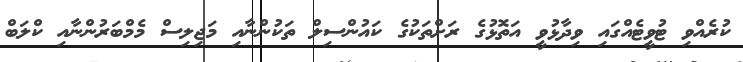
ކުރެއްވި ޓުވީޓެއްގައި ވިދާޅުވީ އަތޮޅުގެ ރަށްތަކުގެ ކައުންސިލް ތަކުންނާއި މަޖިލިސް މެމްބަރުންނާއި ކްލަބް